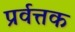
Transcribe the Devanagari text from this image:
प्रर्वत्तक